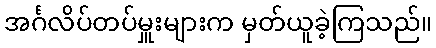
အင်္ဂလိပ်တပ်မှူးများက မှတ်ယူခဲ့ကြသည်။